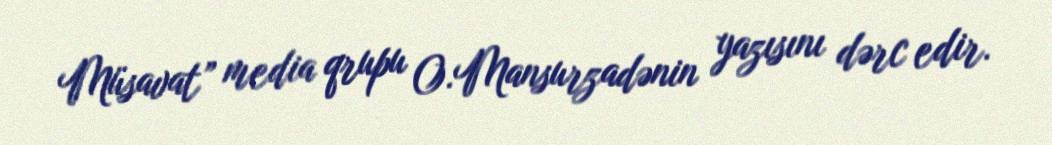
Müsavat” media qrupu O.Mansurzadənin yazısını dərc edir.